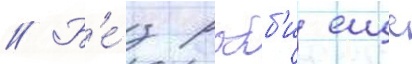
// Б'е́з робб'и еще